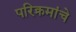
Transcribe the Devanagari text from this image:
परिक्रमांचे